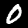
Digit: 0